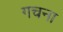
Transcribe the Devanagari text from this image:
गचना